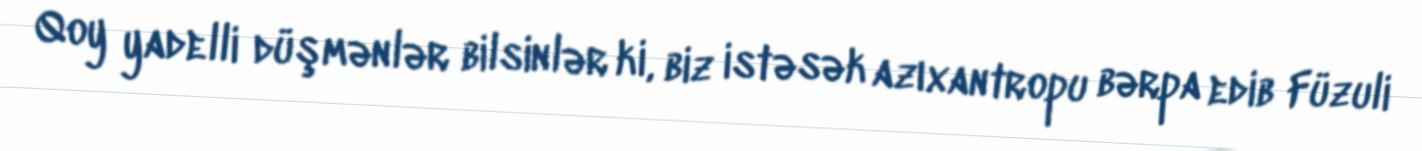
Qoy yadelli düşmənlər bilsinlər ki, biz istəsək azıxantropu bərpa edib Füzuli